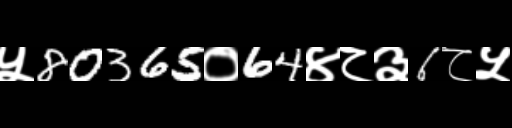
Text: ५80365०64४८३6८५